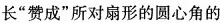
长”赞成”所对扇形的圆心角的